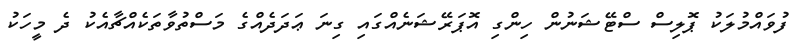
ފުވައްމުލަކު ޕޮލިސް ސްޓޭޝަނުން ހިންގި އޮޕަރޭޝަނެއްގައި ގިނަ ޢަދަދެއްގެ މަސްތުވާތަކެއްޗާއެކު ދެ މީހަކު